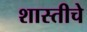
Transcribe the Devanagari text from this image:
शास्तीचे